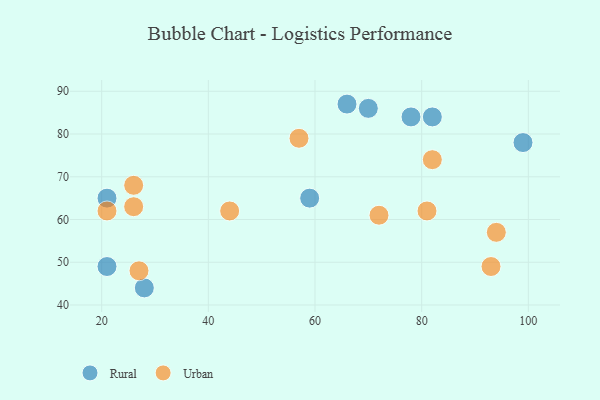
{"axis": {"x": "GDP", "y": "Life Expectancy"}, "legend": ["Rural", "Urban"], "data": [{"x": "21", "y": 65, "type": "Rural"}, {"x": "59", "y": 65, "type": "Rural"}, {"x": "99", "y": 78, "type": "Rural"}, {"x": "82", "y": 84, "type": "Rural"}, {"x": "21", "y": 49, "type": "Rural"}, {"x": "78", "y": 84, "type": "Rural"}, {"x": "66", "y": 87, "type": "Rural"}, {"x": "70", "y": 86, "type": "Rural"}, {"x": "28", "y": 44, "type": "Rural"}, {"x": "57", "y": 79, "type": "Urban"}, {"x": "94", "y": 57, "type": "Urban"}, {"x": "26", "y": 68, "type": "Urban"}, {"x": "93", "y": 49, "type": "Urban"}, {"x": "81", "y": 62, "type": "Urban"}, {"x": "26", "y": 63, "type": "Urban"}, {"x": "72", "y": 61, "type": "Urban"}, {"x": "27", "y": 48, "type": "Urban"}, {"x": "21", "y": 62, "type": "Urban"}, {"x": "44", "y": 62, "type": "Urban"}, {"x": "82", "y": 74, "type": "Urban"}]}